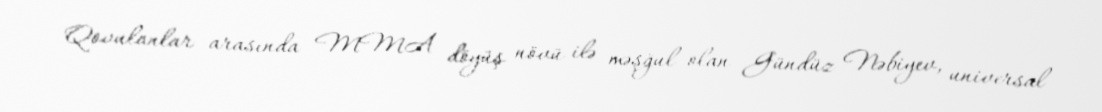
Qovulanlar arasında MMA döyüş növü ilə məşğul olan Gündüz Nəbiyev, universal